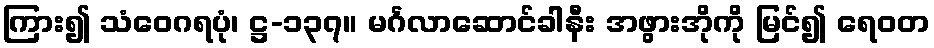
ကြား၍ သံဝေဂရပုံ၊ ဋ္ဌ-၁၃၇။ မင်္ဂလာဆောင်ခါနီး အဖွားအိုကို မြင်၍ ရေဝတ